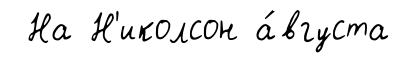
На Н'иколсон а́вгуста